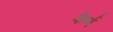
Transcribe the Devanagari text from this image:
फेर्ण